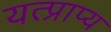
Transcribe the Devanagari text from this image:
यत्प्राप्य